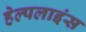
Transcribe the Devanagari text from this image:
हेल्पलाइंस